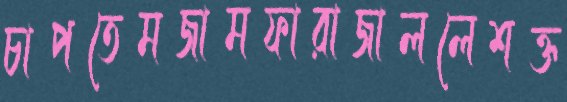
চাপতেমজামফারাজাললেশক্ত